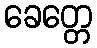
ခေတ္တေ